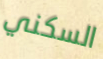
السكني